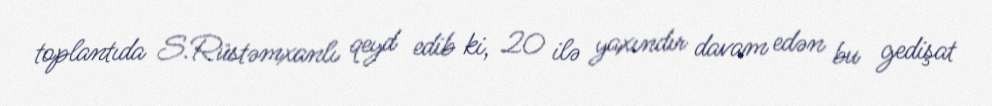
toplantıda S.Rüstəmxanlı qeyd edib ki, 20 ilə yaxındır davam edən bu gedişat